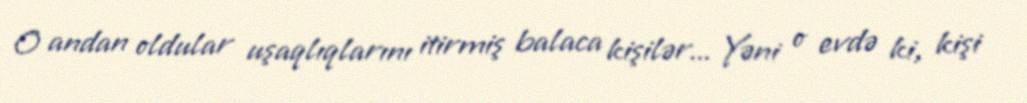
O andan oldular uşaqlıqlarını itirmiş balaca kişilər... Yəni o evdə ki, kişi